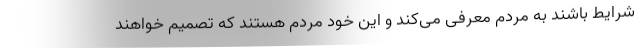
شرایط باشند به مردم معرفی می‌کند و این خود مردم هستند که تصمیم خواهند